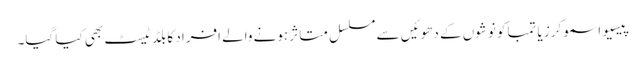
پیسیو اسموکرز یا تمباکو نوشوں کے دھوئیں سے مسلسل متاثر ہونے والے افراد کا بلڈ ٹیسٹ بھی کیا گیا۔